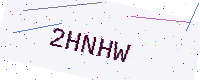
Text: 2HNHW